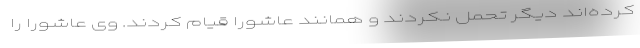
کرده‌اند دیگر تحمل نکردند و همانند عاشورا قیام کردند. وی عاشورا را